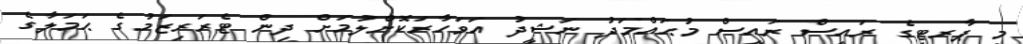
މި ޕާރޓީގެ ރައީސް ރައީސް މުޙައްމަދު ނަޝީދު އަވަހާރަކޮށްލުމަށް ދިން ޓެރަރިޒަމުގެ ޙަމަލާގެ